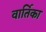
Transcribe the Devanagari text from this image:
वार्तिका